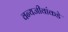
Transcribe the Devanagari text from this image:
वन्यजीवांकडे